Leaving Certificate Examination (including Day School Certificate (Higher) General paper), 1936
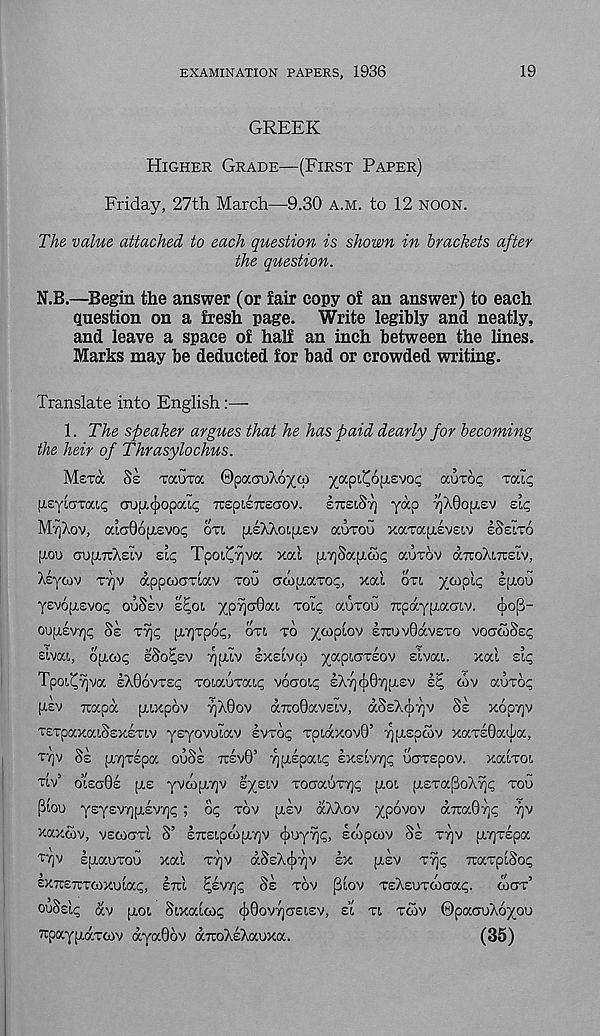
EXAMINATION PAPERS, 1936
19
GREEK
HIGHER GRADE—(FIRST PAPER)
Friday, 27th March—9.30 A.M. to 12 NOON.
The value attached to each question is shown in brackets after
the question.
N.B.—Begin the answer (or fair copy of an answer) to each
question on a fresh page. Write legibly and neatly,
and leave a space of half an inch between the lines.
Marks may be deducted for bad or crowded writing.
Translate into English:—
1. The speaker argues that he has paid dearly for becoming
the heir of Thrasylochus.
MSTOC
8s TGCGTOC ©pocouXo/fp yapi'Coysvo^ GOJTOC Talc;
[i.£yLC7Tai,<; cnjfrcjjopodi; icEptiTOcrov. ITTEIST) yap !)A0O[T£V ZIC,
MT^XOV, a’laOojj.svoc; OTI [TSAAOLIJ-EV aoxou xaTapisvEiv ESELTO
goo oupiTrXELV sic, Tpoi^vivoc xal [ATjSajjicoi; aurov (XTUOXLXEIV,
XEywv TTjv appcocmocv TOU crcopiaTOt;, xal OTL yopl^ spiou
yEvopiEvoi; ouSsv E^OI
to^ OCUTOO xpayyaaiv. c})op-
OU[X£VT]^ SE xr\ c, [xvjTpo^, OTI TO ycopiov £7Tuv0avETo VOC>OOSE<;
slvai, otnAc; ESO^EV ^[xlv EXEIVCA -/apLOTEov sivat. xal sic
Tpoi^Tjva EXGOVTEI; ToiauTatc; voaot^ EXTjcjjQ^fxsv
oov auxo^
[XEV
xapa (ALxpov yX0°v dxoOavEiv, dSsXoyv SE xopyjv
TerpaxaiSEXETiv ysyovoiav EVTOI; rpiaxov©’ ^[XEpaiv xaTE0at|;a,
TT]V SE [XTjTEpa OUSE 7tEV0’ YjfXEpaip EXEIVTJP ucTspov. xalxoi
Ttv 5
olsaQs [JLE yvoofXTjv sxsi'V TotraGrT]!; [xoi ptETapoXvip TOU
plou yEy£V7)[X£V7]^ ; oi; TOV pt-sv aXXov xp^vov (XTUXOT}/; 7]V
xaxojv, VEOXJTI S’ ETCEipoofrsQV cbuy/]c, stop tov SE TT)V (xyTspa
TTJV
EptauTou xal TT]V aSEX(|)7]V EX pisv T^p TtaTplSop
IxxETrTtoxulac;, sm "'cp-rtf, SE TOV (3lov TEXEUTtoo : a(p. coaT 5
ouSslp av [xot, Sixaltop ^OOVTJCTELEV, SI TL TOJV ©paauXoxou
TTpayptaTtov dya0ov dxoXEXauxa.
(35)